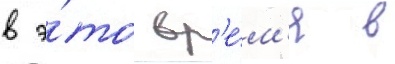
в э́то вр'е́м'я в